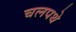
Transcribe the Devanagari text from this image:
चलपथे